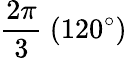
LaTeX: {\frac{2\pi}{3}}\ (120^{\circ})